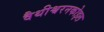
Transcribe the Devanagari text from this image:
वैथीश्वरनकोइल